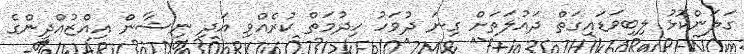
ގަލަންކޮޅު ލިބިވަޑައިގަތް ދައުލަތަށް ގިނަ ދުވަހު ހިދުމަތް ކުރެއްވި އަދި ނިޝާން އިއްޒުއްދީންގެ